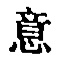
意